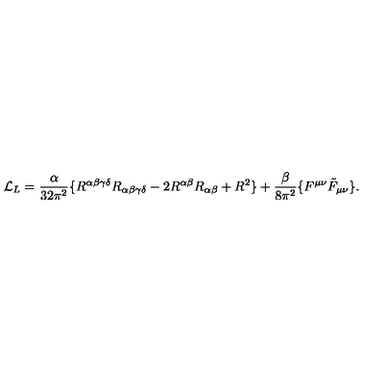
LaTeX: { \cal L } _ { L } = { \frac { \alpha } { 3 2 \pi ^ { 2 } } } \{ R ^ { \alpha \beta \gamma \delta } R _ { \alpha \beta \gamma \delta } - 2 R ^ { \alpha \beta } R _ { \alpha \beta } + R ^ { 2 } \} + { \frac { \beta } { 8 \pi ^ { 2 } } } \{ F ^ { \mu \nu } \tilde { F } _ { \mu \nu } \} .